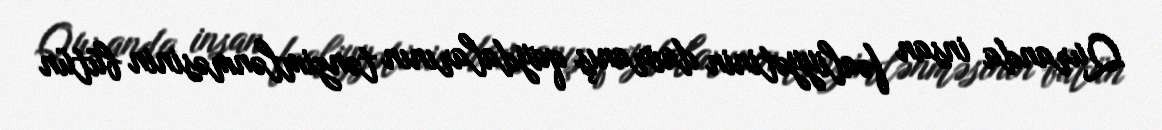
Quranda insan fəaliyyətinin davranış qaydalarının tənzimlənməsinin bütün